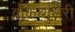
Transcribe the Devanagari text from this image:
वोकैब्युलेरी